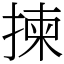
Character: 揀